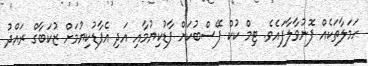
ހަމަލާތަކެއް ފޮނުވާލާފައެވެ. ޓިމް ކުކް ފޭސްބުކަށް ފާޑުކިޔުމާއި އަދި އެފާޑުކިޔުމަށް ޒުކަބާގް ރައްދު